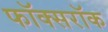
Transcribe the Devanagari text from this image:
फॉक्सरॉक